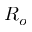
R _ { o }